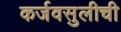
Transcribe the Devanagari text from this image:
कर्जवसुलीची